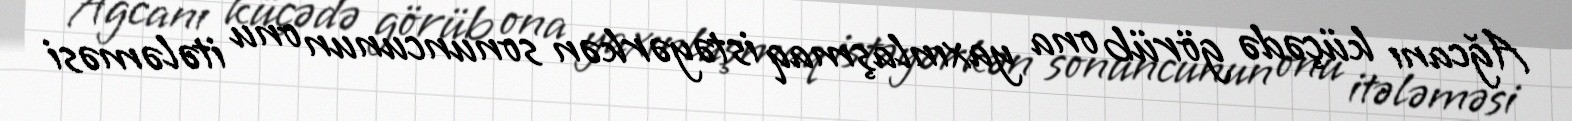
Ağcanı küçədə görüb ona yaxınlaşmaq istəyərkən sonuncunun onu itələməsi